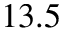
1 3 . 5